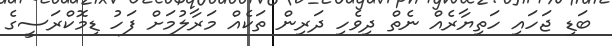
ބަޑި ޖަހައި ހަތިޔާރެއް ނެތް ދިވެހި ދަރިން ތަކެއް މަރާލުމަށް ފަހު ޑިމޮކްރަސީގެ